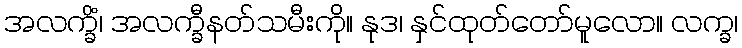
အလက္ခိံ၊ အလက္ခီနတ်သမီးကို။ နုဒ၊ နှင်ထုတ်တော်မူလော။ လက္ခ၊